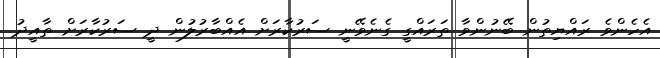
އެހެންވެ ރައްޔިތުން ބޭނުންވާ ތަރައްގީ ގެނެވޭނީ ސަރުކާރަށް އެއްބާރުލުން ދީ ސަރުކާރަށް ތާއީދު